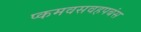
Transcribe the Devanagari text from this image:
प्कमवसवहपबंस